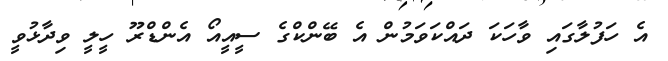
އެ ހަފުލާގައި ވާހަކަ ދައްކަވަމުން އެ ބޭންކްގެ ސީއީއޯ އެންޑްރޫ ހީލީ ވިދާޅުވީ